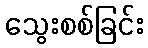
သွေးစစ်ခြင်း